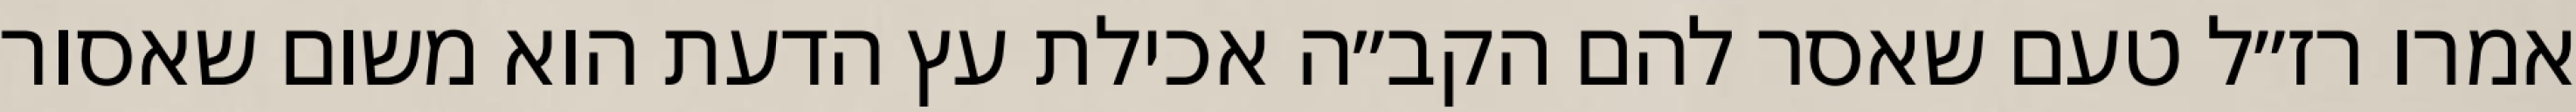
אמרו רז״ל טעם שאסר להם הקב״ה אכילת עץ הדעת הוא משום שאסור